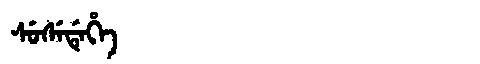
Manchu: ᠰᡠᠰᡝᡩᡝᡥᡝ
Romanization: SUSEDEHE